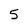
Character: 5